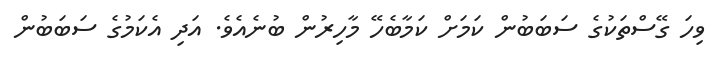
ވިހަ ގޭސްތަކުގެ ސަބަބުން ކަމަށް ކަމާބެހޭ މާހިރުން ބުނެއެވެ. އަދި އެކަމުގެ ސަބަބުން